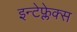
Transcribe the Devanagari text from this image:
इन्टेफ्लेक्स